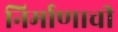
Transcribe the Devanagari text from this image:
निर्माणाची